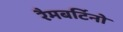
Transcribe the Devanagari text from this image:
रैमबर्टिनो